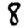
Digit: 8